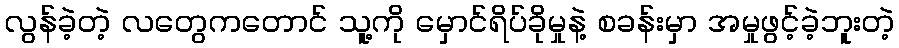
လွန်ခဲ့တဲ့ လတွေကတောင် သူ့ကို မှောင်ရိပ်ခိုမှုနဲ့ စခန်းမှာ အမှုဖွင့်ခဲ့ဘူးတဲ့